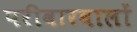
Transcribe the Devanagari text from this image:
परीवारवालों